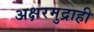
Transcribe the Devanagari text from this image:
अक्षरमुद्राही